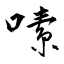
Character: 嗉